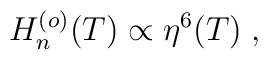
H_n^{(o)}(T) \propto \eta^6(T)\;,